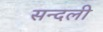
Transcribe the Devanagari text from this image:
सन्दली